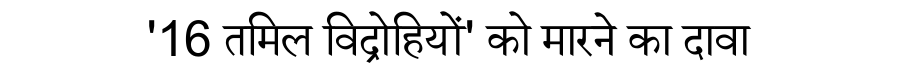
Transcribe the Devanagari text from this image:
'16 तमिल विद्रोहियों' को मारने का दावा